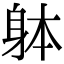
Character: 躰